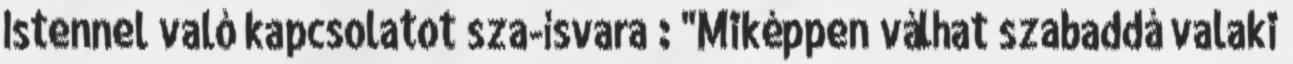
Istennel való kapcsolatot sza-ísvara : "Miképpen válhat szabaddá valaki